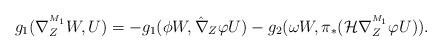
LaTeX: \begin{align*}g_{1}(\nabla^{^{M_1}}_{Z}W,U)&=-g_{1}(\phi W,\hat{\nabla}_{Z}\varphi U)-g_{2}(\omega W,\pi _{\ast}(\mathcal{H}\nabla^{^{M_1}}_{Z}\varphi U)).\end{align*}